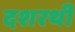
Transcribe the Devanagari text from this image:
दशरथी